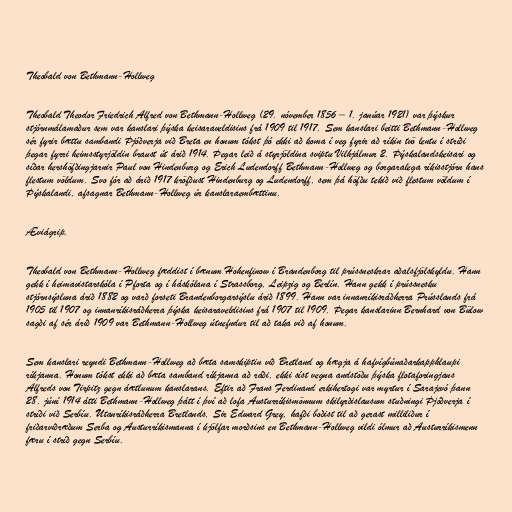
Theobald von Bethmann-Hollweg

Theobald Theodor Friedrich Alfred von Bethmann-Hollweg (29. nóvember 1856 – 1. janúar 1921) var þýskur
stjórnmálamaður sem var kanslari þýska keisaraveldisins frá 1909 til 1917. Sem kanslari beitti Bethmann-Hollweg
sér fyrir bættu sambandi Þjóðverja við Breta en honum tókst þó ekki að koma í veg fyrir að ríkin tvö lentu í stríði
þegar fyrri heimsstyrjöldin braust út árið 1914. Þegar leið á styrjöldina sviptu Vilhjálmur 2. Þýskalandskeisari og
síðar hershöfðingjarnir Paul von Hindenburg og Erich Ludendorff Bethmann-Hollweg og borgaralega ríkisstjórn hans
flestum völdum. Svo fór að árið 1917 kröfðust Hindenburg og Ludendorff, sem þá höfðu tekið við flestum völdum í
Þýskalandi, afsagnar Bethmann-Hollweg úr kanslaraembættinu.

Æviágrip.

Theobald von Bethmann-Hollweg fæddist í bænum Hohenfinow í Brandenborg til prússneskrar aðalsfjölskyldu. Hann
gekk í heimavistarskóla í Pforta og í háskólana í Strassborg, Leipzig og Berlín. Hann gekk í prússnesku
stjórnsýsluna árið 1882 og varð forseti Brandenborgarsýslu árið 1899. Hann var innanríkisráðherra Prússlands frá
1905 til 1907 og innanríkisráðherra þýska keisaraveldisins frá 1907 til 1909. Þegar kanslarinn Bernhard von Bülow
sagði af sér árið 1909 var Bethmann-Hollweg útnefndur til að taka við af honum.

Sem kanslari reyndi Bethmann-Hollweg að bæta samskiptin við Bretland og hægja á hafvígbúnaðarkapphlaupi
ríkjanna. Honum tókst ekki að bæta samband ríkjanna að ráði, ekki síst vegna andstöðu þýska flotaforingjans
Alfreds von Tirpitz gegn áætlunum kanslarans. Eftir að Frans Ferdinand erkihertogi var myrtur í Sarajevó þann
28. júní 1914 átti Bethmann-Hollweg þátt í því að lofa Austurríkismönnum skilyrðislausum stuðningi Þjóðverja í
stríði við Serbíu. Utanríkisráðherra Bretlands, Sir Edward Grey, hafði boðist til að gerast milliliður í
friðarviðræðum Serba og Austurríkismanna í kjölfar morðsins en Bethmann-Hollweg vildi ólmur að Austurríkismenn
færu í stríð gegn Serbíu.